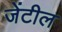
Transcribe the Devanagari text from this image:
जेंटील